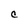
Character: c